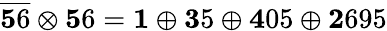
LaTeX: \overline{{{\mathbf 56}}}\otimes{\mathbf 56}={\mathbf 1}\oplus{\mathbf 35}\oplus{\mathbf 405}\oplus{\mathbf 2695}